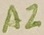
Text: A2